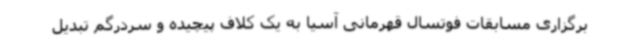
برگزاری مسابقات فوتسال قهرمانی آسیا به یک کلاف پیچیده و سردرگم تبدیل